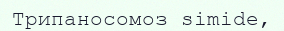
Трипаносомоз sіmіde,